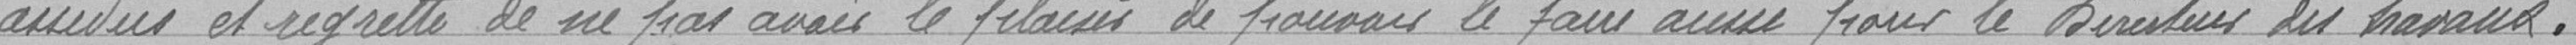
assidus et regrette de ne pas avoir de pouvoir le faire aussi pour le Directeur des travaux .